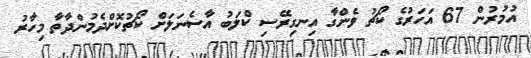
އުމުރުން 67 އަހަރުގެ ކޯޗު ވެންގާ އިނގިރޭސި ކްލަބު އާސެނަލަށް ކޯޗުކޮށްދެމުންދާތާ މިހާރު